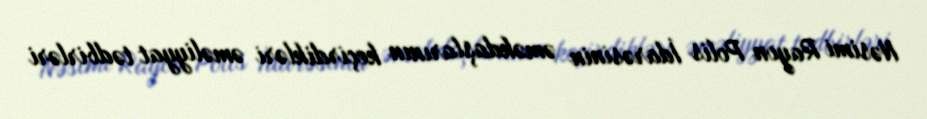
Nəsimi Rayon Polis İdarəsinin əməkdaşlarının keçirdikləri əməliyyat tədbirləri